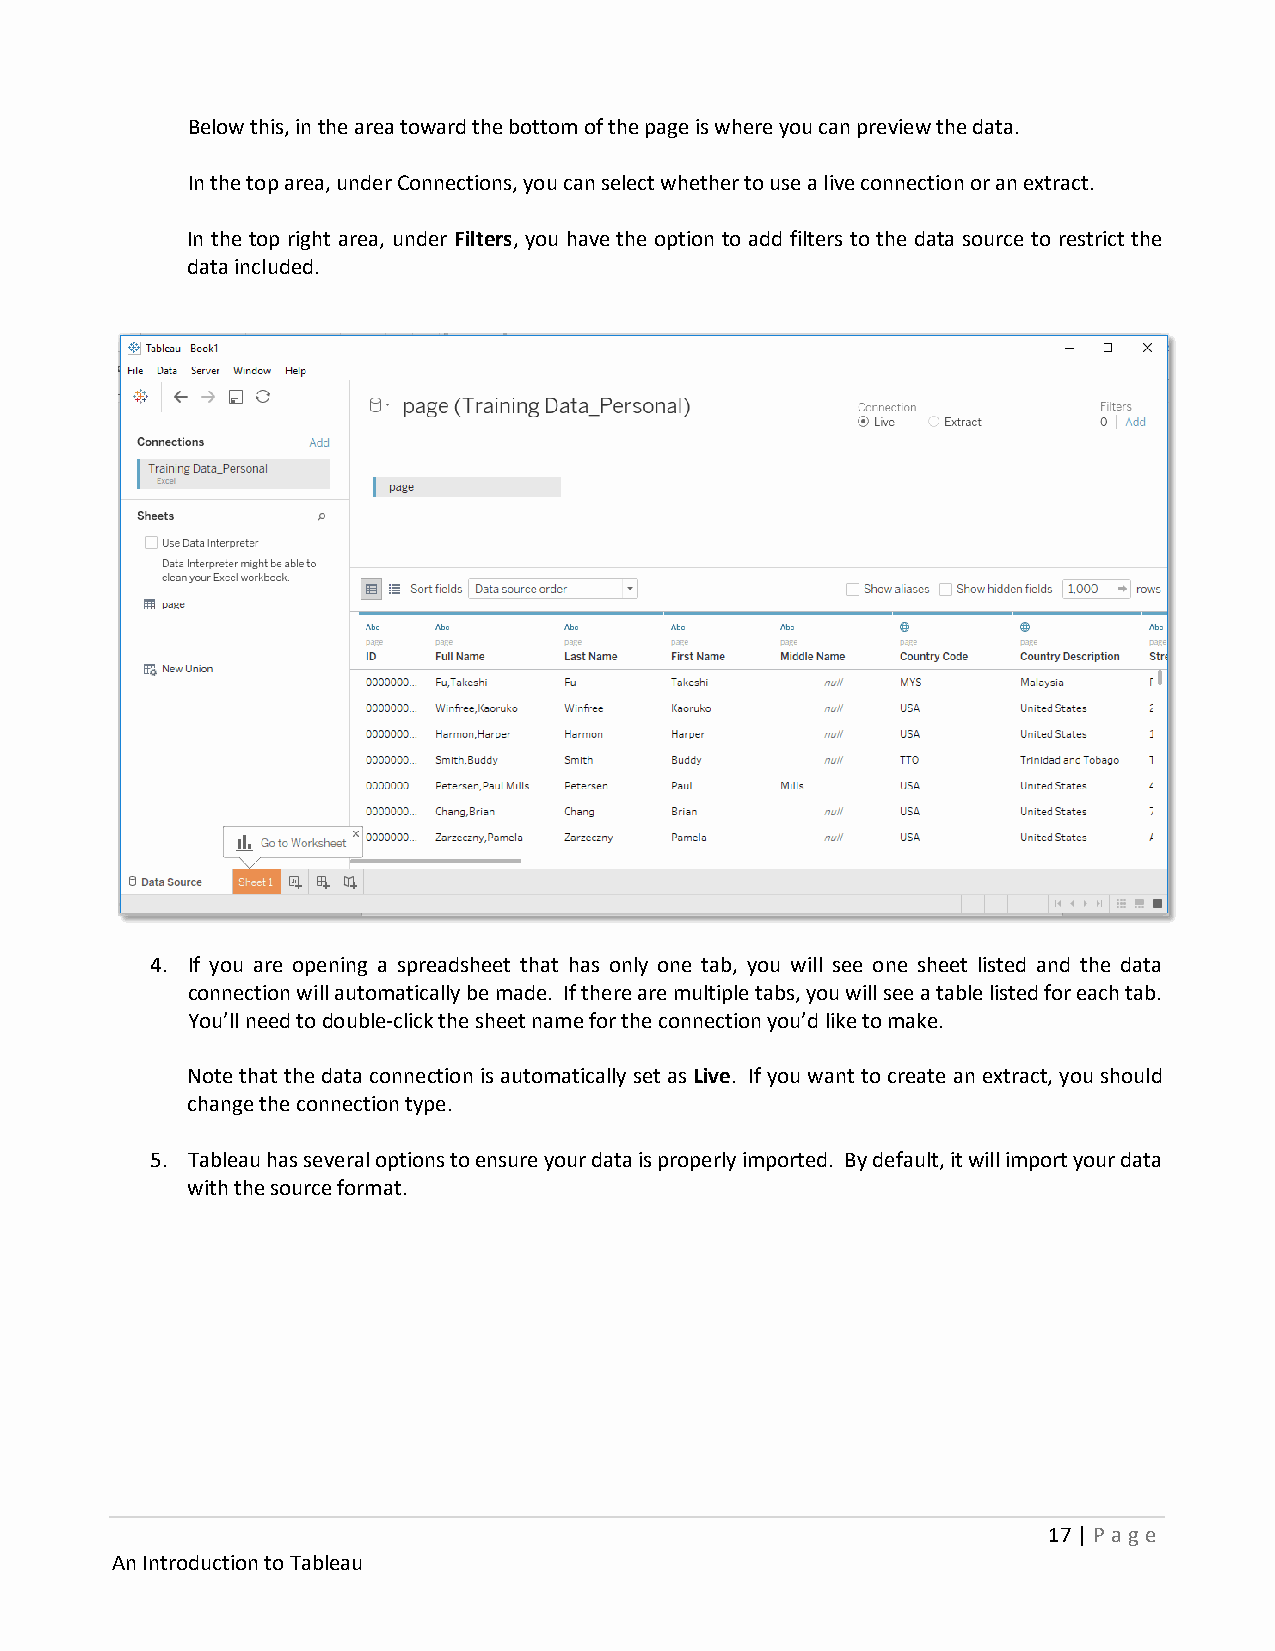
Below this, in the area toward the bottom of the page is where you can preview the data.
 In the top area, under Connections, you can select whether to use a live connection or an extract.
 In the top right area, under Filters, you have the option to add filters to the data source to restrict the
 data included.
 4. If you are opening a spreadsheet that has only one tab, you will see one sheet listed and the data
 connection will automatically be made. If there are multiple tabs, you will see a table listed for each tab.
 You’ll need to double-click the sheet name for the connection you’d like to make.
 Note that the data connection is automatically set as Live. If you want to create an extract, you should
 change the connection type.
 5. Tableau has several options to ensure your data is properly imported. By default, it will import your data
 with the source format.
 17 | P age
 An Introduction to Tableau